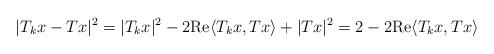
LaTeX: \begin{align*}|T_kx-Tx|^2 = |T_kx|^2 -2{\rm{Re}}\langle T_kx,Tx \rangle + |Tx|^2 = 2 -2{\rm{Re}}\langle T_kx,Tx \rangle\end{align*}